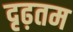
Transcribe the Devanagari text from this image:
दृढ़तम